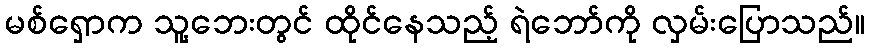
မစ်ရှောက သူ့ဘေးတွင် ထိုင်နေသည့် ရဲဘော်ကို လှမ်းပြောသည်။